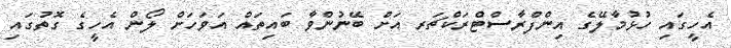
އެހީގައި ހުޅުމާލޭގެ އިންފްރާސްޓްރަކްޗަރ އަށް ބޭނުންވާ ބައިތައް އަވަހަށް ލޯން އެހީގެ ގޮތުގައި